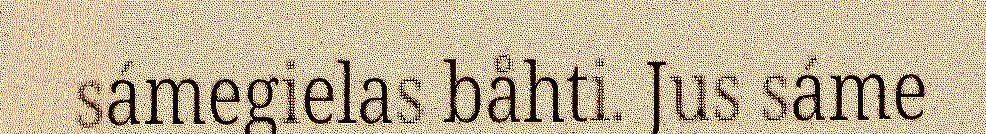
sámegielas båhti. Jus sáme